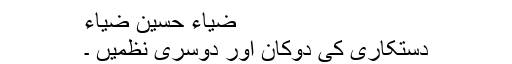
ضیاء حسین ضیاء
دستکاری کی دوکان اور دوسری نظمیں ۔